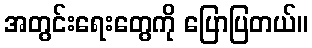
အတွင်းရေးတွေကို ပြောပြတယ်။